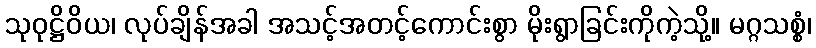
သုဝုဋ္ဌိဝိယ၊ လုပ်ချိန်အခါ အသင့်အတင့်ကောင်းစွာ မိုးရွာခြင်းကိုကဲ့သို့။ မဂ္ဂသစ္စံ၊